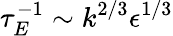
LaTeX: \tau_{E}^{-1}\sim k^{2/3}\epsilon^{1/3}